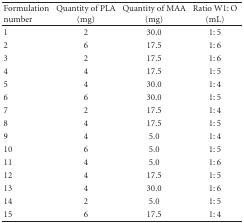
<table><thead><tr><td><b>Formulation number</b></td><td><b>Quantity of PLA (mg)</b></td><td><b>Quantity of MAA (mg)</b></td><td><b>Ratio W1: O (mL)</b></td></tr></thead><tbody><tr><td>1</td><td>2</td><td>30.0</td><td>1: 5</td></tr><tr><td>2</td><td>6</td><td>17.5</td><td>1: 6</td></tr><tr><td>3</td><td>2</td><td>17.5</td><td>1: 6</td></tr><tr><td>4</td><td>4</td><td>17.5</td><td>1: 5</td></tr><tr><td>5</td><td>4</td><td>30.0</td><td>1: 4</td></tr><tr><td>6</td><td>6</td><td>30.0</td><td>1: 5</td></tr><tr><td>7</td><td>2</td><td>17.5</td><td>1: 4</td></tr><tr><td>8</td><td>4</td><td>17.5</td><td>1: 5</td></tr><tr><td>9</td><td>4</td><td>5.0</td><td>1: 4</td></tr><tr><td>10</td><td>6</td><td>5.0</td><td>1: 5</td></tr><tr><td>11</td><td>4</td><td>5.0</td><td>1: 6</td></tr><tr><td>12</td><td>4</td><td>17.5</td><td>1: 5</td></tr><tr><td>13</td><td>4</td><td>30.0</td><td>1: 6</td></tr><tr><td>14</td><td>2</td><td>5.0</td><td>1: 5</td></tr><tr><td>15</td><td>6</td><td>17.5</td><td>1: 4</td></tr></tbody></table>